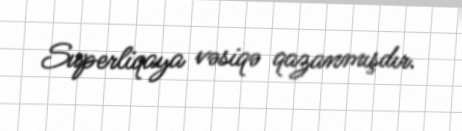
Superliqaya vəsiqə qazanmışdır.